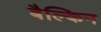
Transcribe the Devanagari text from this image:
बैल्किन